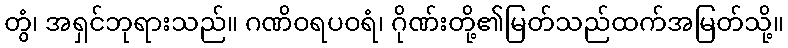
တွံ၊ အရှင်ဘုရားသည်။ ဂဏိဝရပဝရံ၊ ဂိုဏ်းတို့၏မြတ်သည်ထက်အမြတ်သို့။